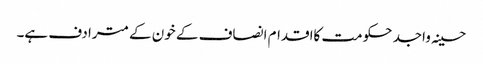
حسینہ واجد حکومت کااقدام انصاف کے خون کے مترادف ہے۔